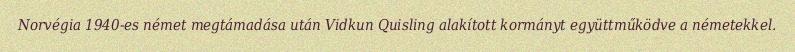
Norvégia 1940-es német megtámadása után Vidkun Quisling alakított kormányt együttműködve a németekkel.